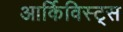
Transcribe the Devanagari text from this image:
आर्किविस्ट्स